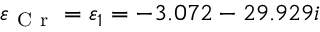
\varepsilon _ { \mathrm { ~ C ~ r ~ } } = \varepsilon _ { 1 } = - 3 . 0 7 2 - 2 9 . 9 2 9 i